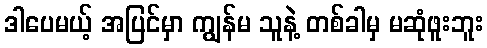
ဒါပေမယ့် အပြင်မှာ ကျွန်မ သူနဲ့ တစ်ခါမှ မဆုံဖူးဘူး